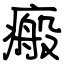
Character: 瘢